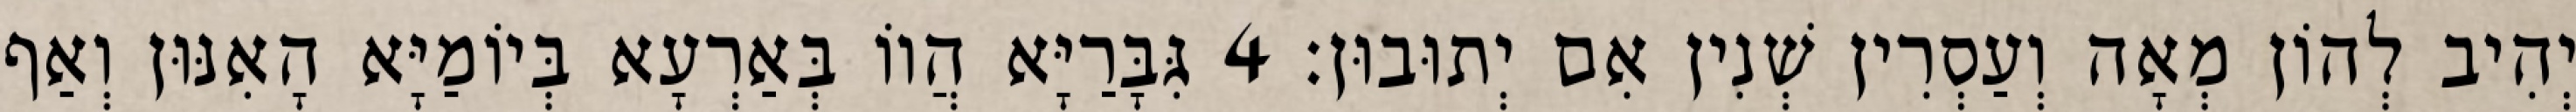
יְהִיב לְהוֹן מְאָה וְעַסְרִין שְׁנִין אִם יְתוּבוּן׃ 4 גִּבָּרַיָּא הֲווֹ בְּאַרְעָא בְּיוֹמַיָּא הָאִנּוּן וְאַף